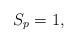
LaTeX: \begin{align*}S_p = 1,\end{align*}